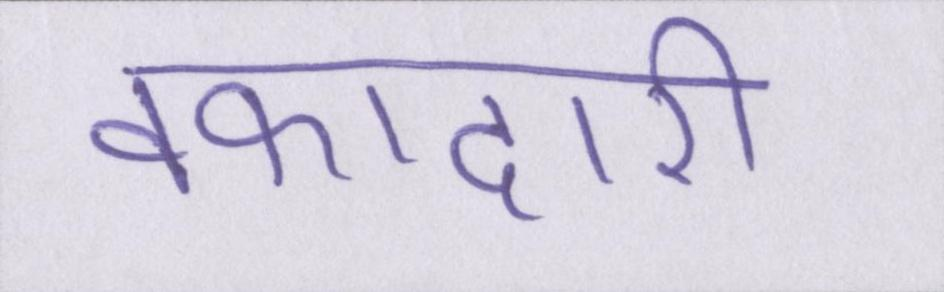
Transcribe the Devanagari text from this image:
वफादारी